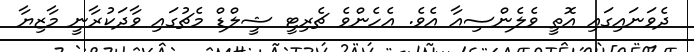
ދެވަނައިގައި އޮތީ ވެލެންސިއާ އެވެ. އެހެންވެ ޗެރިޓީ ޝީލްޑް މެޗުގައި ވާދަކުރާނީ މާޒިޔާ